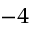
^ { - 4 }